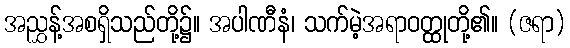
အညွှန့်အစရှိသည်တို့၌။ အပါဏီနံ၊ သက်မဲ့အရာဝတ္ထုတို့၏။ (ဇရာ)